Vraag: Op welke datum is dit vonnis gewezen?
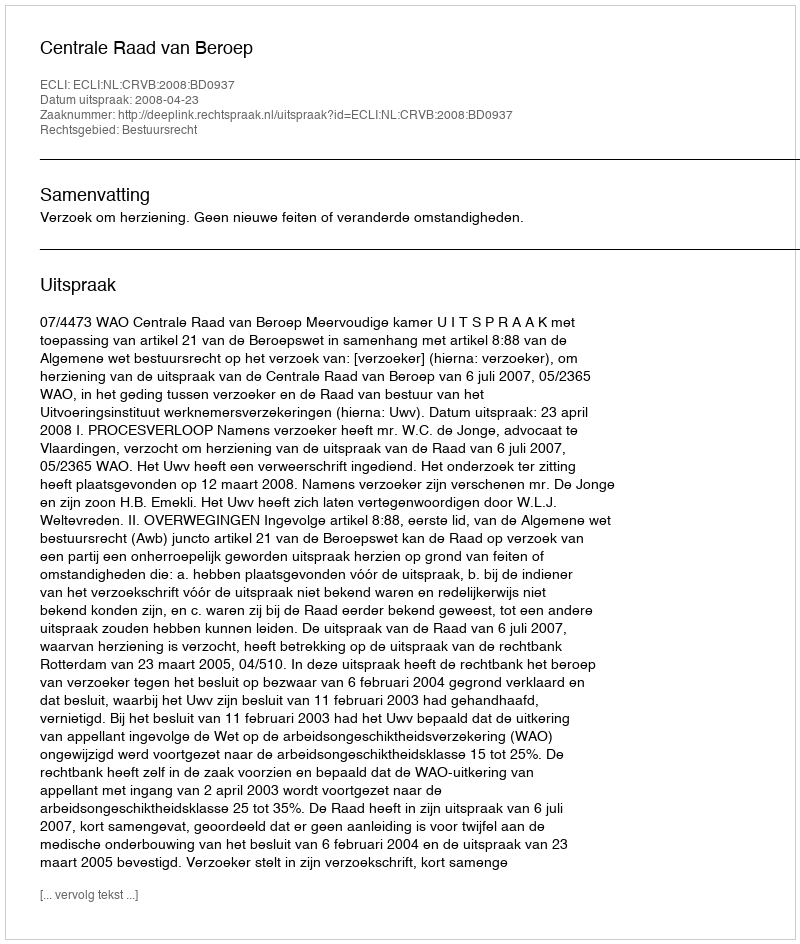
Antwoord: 2008-04-23